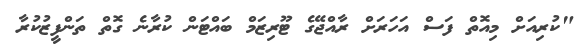
"ކުރިއަށް މިއޮތް ފަސް އަހަރަށް ރާއްޖޭގެ ޓޫރިޒަމް ބައްޓަން ކުރާނެ ގޮތް ތަންފީޒުކުރާ